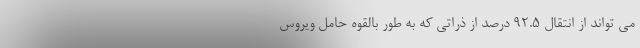
می تواند از انتقال ۹۲.۵ درصد از ذراتی که به طور بالقوه حامل ویروس